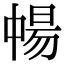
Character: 𬻸